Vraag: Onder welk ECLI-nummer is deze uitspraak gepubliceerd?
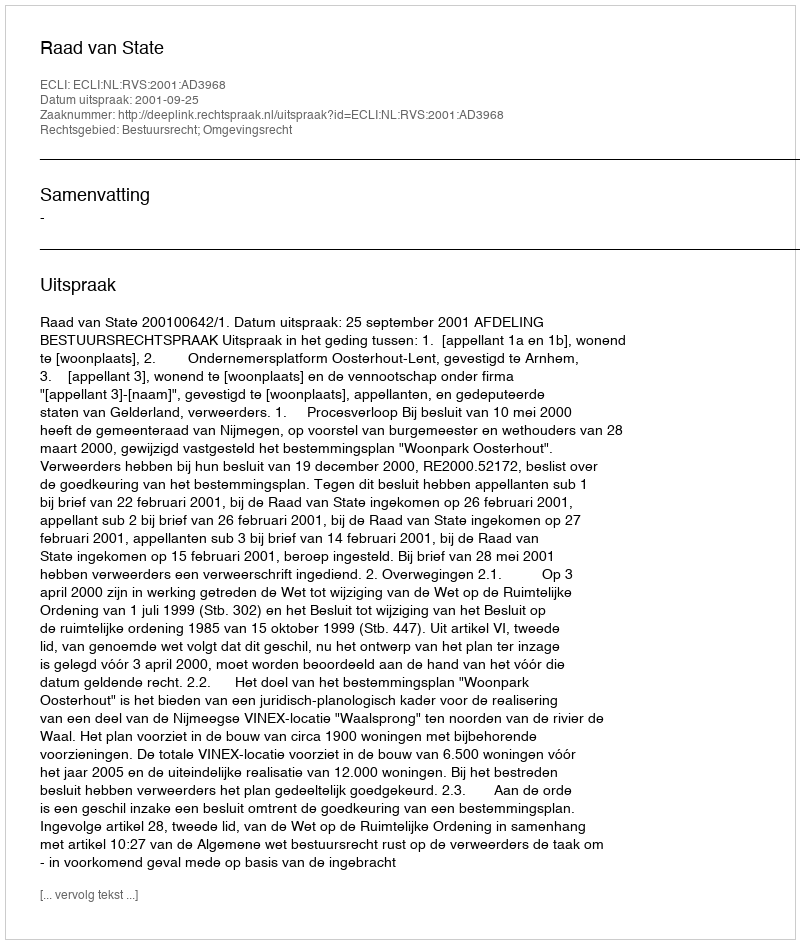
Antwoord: ECLI:NL:RVS:2001:AD3968